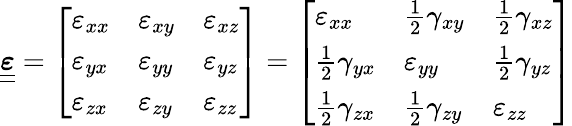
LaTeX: {\underline{{\underline{{\boldsymbol{\varepsilon}}}}}}={\left[\begin{array}{lll}{\varepsilon_{xx}}&{\varepsilon_{xy}}&{\varepsilon_{xz}}\\ {\varepsilon_{yx}}&{\varepsilon_{yy}}&{\varepsilon_{yz}}\\ {\varepsilon_{zx}}&{\varepsilon_{zy}}&{\varepsilon_{zz}}\end{array}\right]}={\left[\begin{array}{lll}{\varepsilon_{xx}}&{{\frac{1}{2}}\gamma_{xy}}&{{\frac{1}{2}}\gamma_{xz}}\\ {{\frac{1}{2}}\gamma_{yx}}&{\varepsilon_{yy}}&{{\frac{1}{2}}\gamma_{yz}}\\ {{\frac{1}{2}}\gamma_{zx}}&{{\frac{1}{2}}\gamma_{zy}}&{\varepsilon_{zz}}\end{array}\right]}